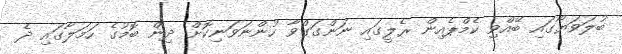
ބުލަވަޔޯގައި ބޭއްވި ކެމްޕެއިން ރެލީގައި ނަންގަގްވާ ހުންނަވަނިކޮށް ދިން ބޮމުގެ ހަމަލާގައި ދެ